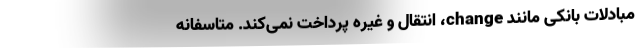
مبادلات بانکی مانند change، انتقال و غیره پرداخت نمی‌کند. متاسفانه